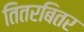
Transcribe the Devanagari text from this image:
तितरबितर